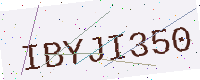
Text: IBYJI350